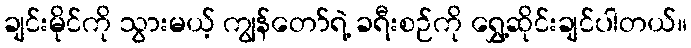
ချင်းမိုင်ကို သွားမယ့် ကျွန်တော်ရဲ့ ခရီးစဉ်ကို ရွှေ့ဆိုင်းချင်ပါတယ်။